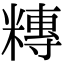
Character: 䊜